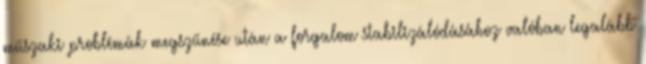
műszaki problémák megszűnése után a forgalom stabilizálódásához valóban legalább